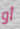
أو